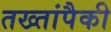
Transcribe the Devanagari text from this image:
तख्तांपैकी